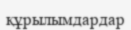
құрылымдардар